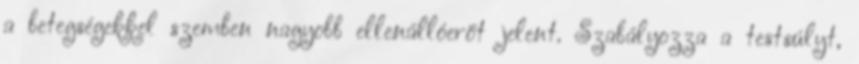
a betegségekkel szemben nagyobb ellenállóerőt jelent. Szabályozza a testsúlyt,